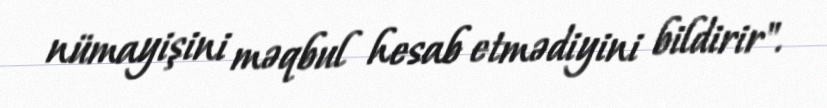
nümayişini məqbul hesab etmədiyini bildirir".